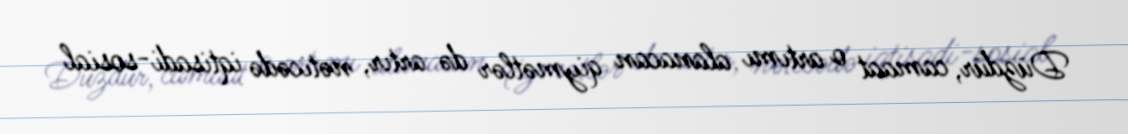
Düzdür, camaat o artımı alanacan qiymətlər də artır, nəticədə iqtisadi-sosial